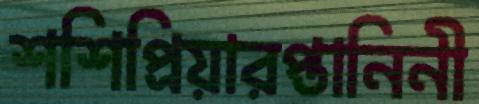
শশিপ্রিয়ারপ্তানিনী